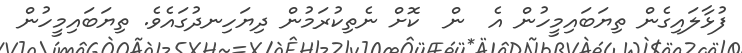
ފުޅާލައިގެން ތިޔަބައިމީހުން އެ  ން  ކޮށް ނެތިކުރަމުން ދިޔަހިނދުގައެވެ. ތިޔަބައިމީހުން